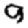
Digit: 9